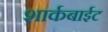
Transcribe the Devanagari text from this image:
शार्कबाईट